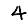
Digit: 4